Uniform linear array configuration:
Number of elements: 32
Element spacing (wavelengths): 0.5
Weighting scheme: exponential
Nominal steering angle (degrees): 15
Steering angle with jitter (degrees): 15.85
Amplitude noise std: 0.05
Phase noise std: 0.05

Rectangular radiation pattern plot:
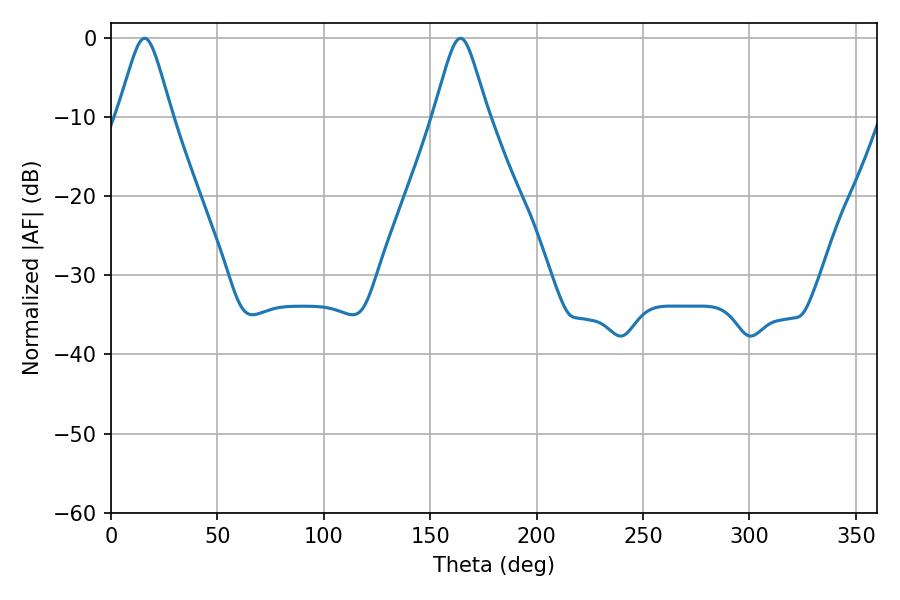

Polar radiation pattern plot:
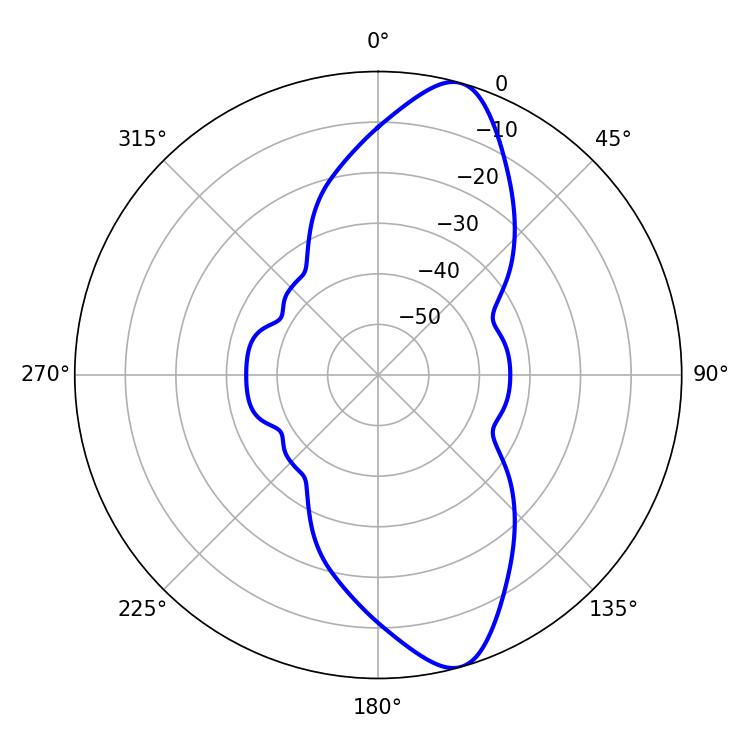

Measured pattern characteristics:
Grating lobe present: FALSE
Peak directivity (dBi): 11.602
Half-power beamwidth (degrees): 12.06
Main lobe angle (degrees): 15.84